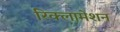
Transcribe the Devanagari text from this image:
रिक्लामेशन